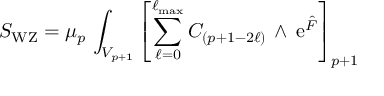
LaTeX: S _ { \mathrm { W Z } } = \mu _ { p } \, \int _ { V _ { p + 1 } } \left[ \sum _ { \ell = 0 } ^ { \ell _ { \mathrm { m a x } } } C _ { ( p + 1 - 2 \ell ) } \, \wedge \, \mathrm { e } ^ { \hat { F } } \right] _ { p + 1 }